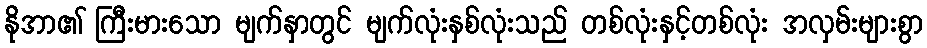
နိုအာ၏ ကြီးမားသော မျက်နှာတွင် မျက်လုံးနှစ်လုံးသည် တစ်လုံးနှင့်တစ်လုံး အလှမ်းများစွာ